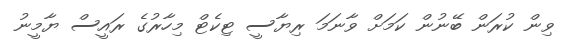
ވިން ކުރަން ބޭނުން ކަމަށް ވާނަމަ ރިޔާސީ ޓިކެޓް މިހާރުގެ ރައީސް ޔާމީނު